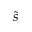
\Tilde { s }